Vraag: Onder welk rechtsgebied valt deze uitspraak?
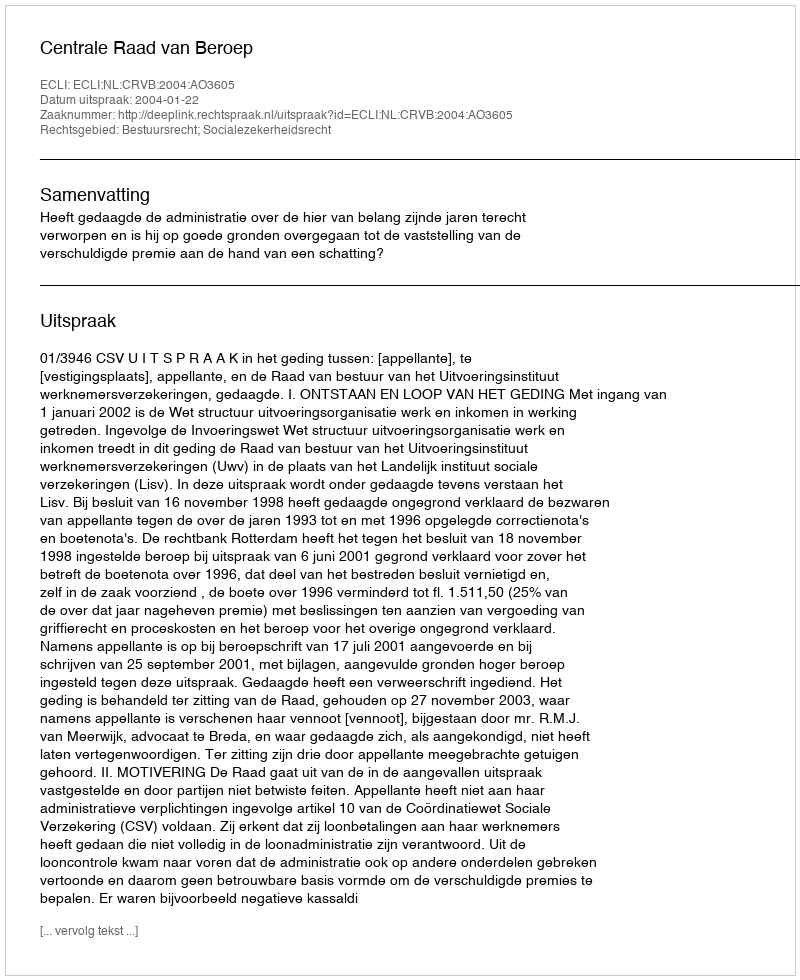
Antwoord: Bestuursrecht; Socialezekerheidsrecht